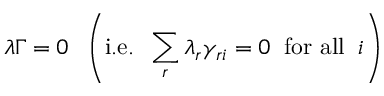
{ \boldsymbol { \lambda \Gamma } } = 0 \; \; \left( { \mathrm { i . e . } } \; \; \sum _ { r } \lambda _ { r } \gamma _ { r i } = 0 \; \; { \mathrm { f o r ~ a l l } } \; \; i \right)